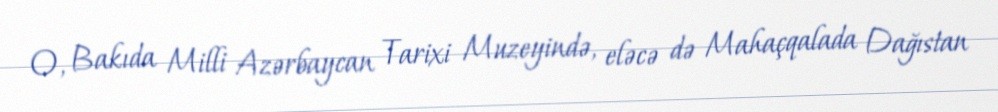
O, Bakıda Milli Azərbaycan Tarixi Muzeyində, eləcə də Mahaçqalada Dağıstan